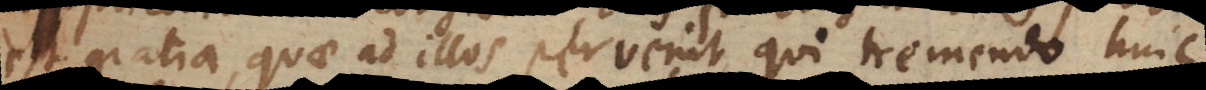
est gratia, quae ad illos pervenit qui tremendo huic